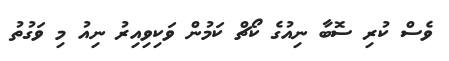
ވެސް ކުރި ސޮބާ ނިއުގެ ކޯޗް ކަމުން ވަކިވިއިރު ނިއު މި ވަގުތު